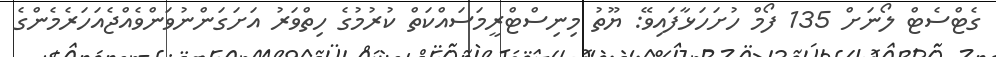
ގެޓްސެޓް ލޯނަށް 135 ފޯމް ހުށަހަޅާފައިވޭ: ޔޫތު މިނިސްޓްރީމަސައްކަތް ކުރުމުގެ ހިތްވަރު އަށަގަންނުވަންވެއްޖެއަހަރެމެންގެ